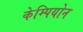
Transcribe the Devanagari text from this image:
केम्पियोन